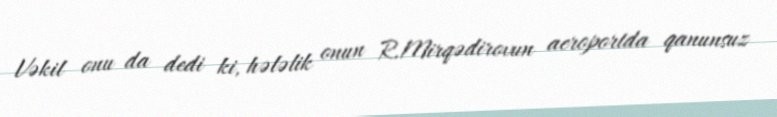
Vəkil onu da dedi ki, hələlik onun R.Mirqədirovun aeroportda qanunsuz